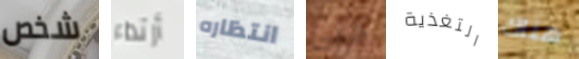
شخص أرتداء انتظاره حتى التغذية هناك